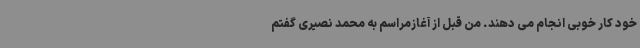
خود کار خوبی انجام می دهند. من قبل از آغازمراسم به محمد نصیری گفتم